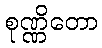
စုဏ္ဏိတော